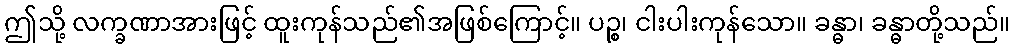
ဤသို့ လက္ခဏာအားဖြင့် ထူးကုန်သည်၏အဖြစ်ကြောင့်။ ပဉ္စ၊ ငါးပါးကုန်သော။ ခန္ဓာ၊ ခန္ဓာတို့သည်။